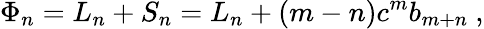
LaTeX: \Phi_{n}=L_{n}+S_{n}=L_{n}+(m-n)c^{m}b_{m+n}~,